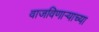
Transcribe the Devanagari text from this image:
वाजविणाऱ्याच्या